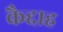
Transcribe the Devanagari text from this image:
कैद्दाह